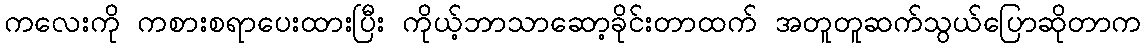
ကလေးကို ကစားစရာပေးထားပြီး ကိုယ့်ဘာသာဆော့ခိုင်းတာထက် အတူတူဆက်သွယ်ပြောဆိုတာက